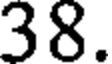
38.